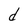
Character: d